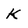
Character: K